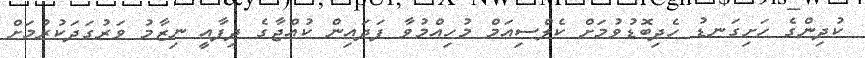
ކުދިންގެ ހަށިގަނޑު ހެދިބޮޑުވުމަށް ކެލްސިއަމް މުހިއްމުވާ ފަދައިން ކުއްޖާގެ ދިފާއީ ނިޒާމު ވަރުގަދަކުރުމަށް